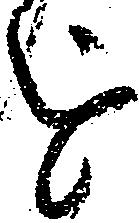
を